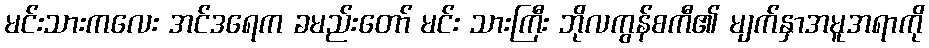
မင်းသားကလေး အင်ဒရေက ခမည်းတော် မင်း သားကြီး ဘိုလကွန်စကီ၏ မျက်နှာအမူအရာကို